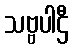
သဗ္ဗပါဌီ